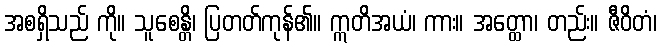
အစရှိသည် ကို။ သူစေန္တိ၊ ပြတတ်ကုန်၏။ ဣတိအယံ၊ ကား။ အတ္ထော၊ တည်း။ ဇီဝိတံ၊